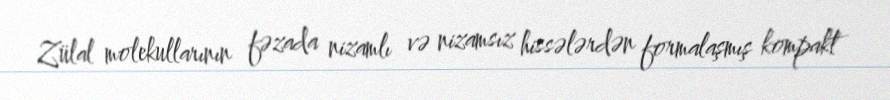
Zülal molekullarının fəzada nizamlı və nizamsız hissələrdən formalaşmış kompakt